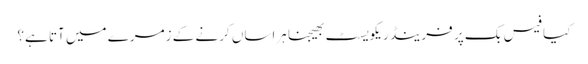
کیا فیس بک پر فرینڈ ریکویسٹ بھیجنا ہراساں کرنے کے زمرے میں آتا ہے؟